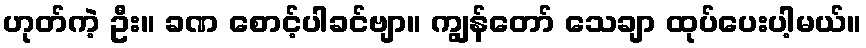
ဟုတ်ကဲ့ ဦး။ ခဏ စောင့်ပါခင်ဗျာ။ ကျွန်တော် သေချာ ထုပ်ပေးပါ့မယ်။